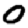
Digit: 0